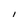
Character: I